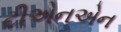
ટીએનએન